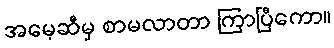
အမေ့ဆီမှ စာမလာတာ ကြာပြီကော။